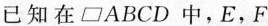
已知在\parallelogram ABCD中，E，F